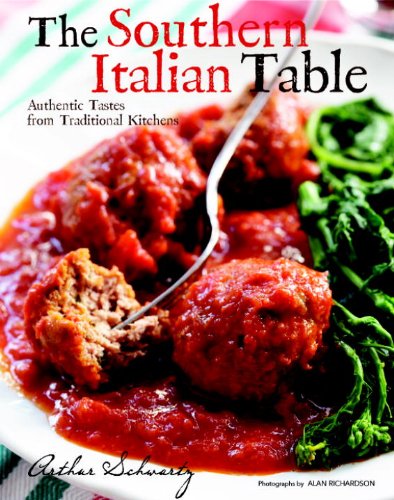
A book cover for The Southern Italian Table: Authentic Tastes from Traditional Kitchens; Arthur Schwartz; Cookbooks, Food & Wine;